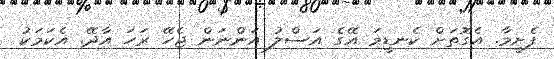
ފެށީމާ. އެގޮތަށް ކެނޑީމަ އޭގެ އަސްލު އަންނަން ޖެހޭ ރަހަ އާދޭ. އެކަމަކު